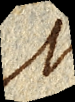
M.